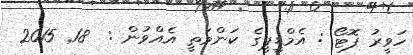
ހަވީރު ފޮޓޯ : އެމްޑީޕީގެ ކަންމަތީ އެއްވުން :  18